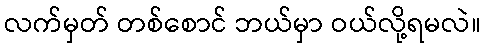
လက်မှတ် တစ်စောင် ဘယ်မှာ ဝယ်လို့ရမလဲ။